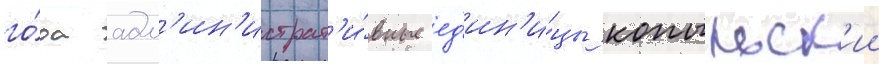
го́да адм'ин'истрат'и́вные ед'ин'и́цы копыльск'ии